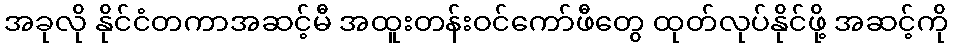
အခုလို နိုင်ငံတကာအဆင့်မီ အထူးတန်းဝင်ကော်ဖီတွေ ထုတ်လုပ်နိုင်ဖို့ အဆင့်ကို